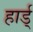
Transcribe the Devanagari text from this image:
हार्ड्